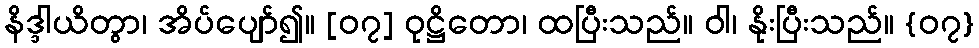
နိဒ္ဒါယိတွာ၊ အိပ်ပျော်၍။ [၀၇] ဝုဋ္ဌိတော၊ ထပြီးသည်။ ဝါ၊ နိုးပြီးသည်။ {၀၇}